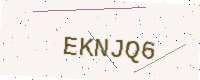
Text: EKNJQ6